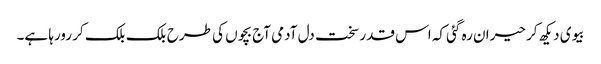
بیوی دیکھ کر حیران رہ گئی کہ اس قدر سخت دل آدمی آج بچوں کی طرح بلک بلک کر رورہا ہے۔